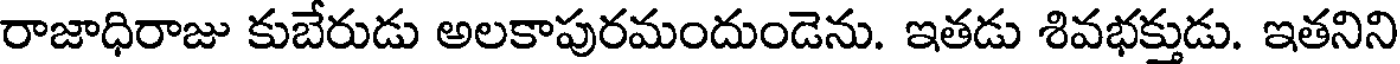
రాజాధిరాజు కుబేరుడు అలకాపురమందుండెను. ఇతడు శివభక్తుడు. ఇతనిని